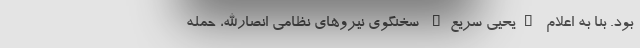
بود. بنا به اعلام "یحیی سریع" سخنگوی نیروهای نظامی انصارالله، حمله